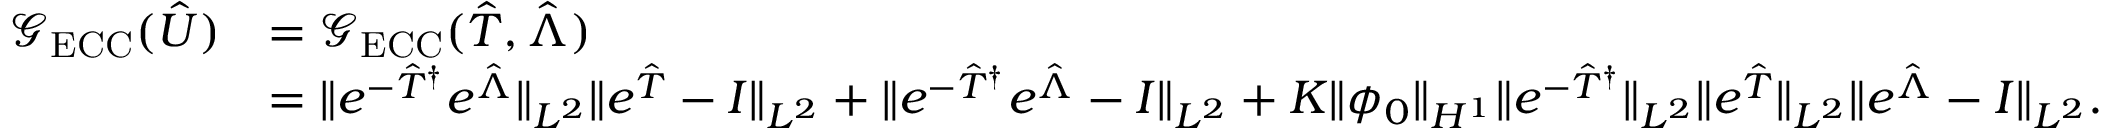
\begin{array} { r l } { \mathcal G _ { \mathrm { E C C } } ( \hat { U } ) } & { = \mathcal G _ { \mathrm { E C C } } ( \hat { T } , \hat { \Lambda } ) } \\ & { = \Vert e ^ { - \hat { T } ^ { \dagger } } e ^ { \hat { \Lambda } } \Vert _ { { L ^ { 2 } } } \Vert e ^ { \hat { T } } - I \Vert _ { { L ^ { 2 } } } + \Vert e ^ { - \hat { T } ^ { \dagger } } e ^ { \hat { \Lambda } } - I \Vert _ { { L ^ { 2 } } } + K \Vert \phi _ { 0 } \Vert _ { H ^ { 1 } } \Vert e ^ { - \hat { T } ^ { \dagger } } \Vert _ { { L ^ { 2 } } } \Vert e ^ { \hat { T } } \Vert _ { { L ^ { 2 } } } \Vert e ^ { \hat { \Lambda } } - I \Vert _ { { L ^ { 2 } } } . } \end{array}